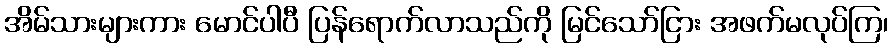
အိမ်သားများကား မောင်ပါပီ ပြန်ရောက်လာသည်ကို မြင်သော်ငြား အဖက်မလုပ်ကြ၊